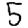
Digit: 5